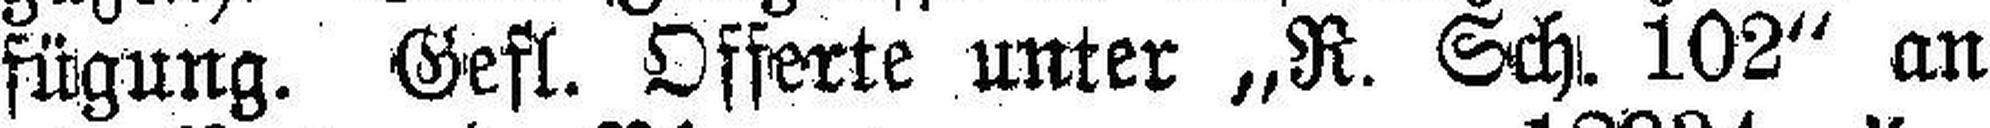
fügung. Gefl. Offerte unter „R. Sch. 102“ an